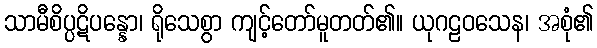
သာမီစိပ္ပဋိပန္နော၊ ရိုသေစွာ ကျင့်တော်မူတတ်၏။ ယုဂဠဝသေန၊ အစုံ၏